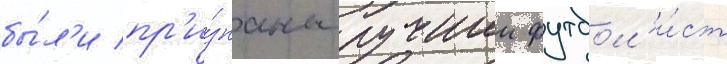
бы́л'и пр'и́знаны лучшии футбол'и́ст